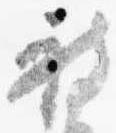
被